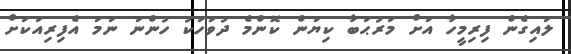
ލައިގެން ފިރިމީހާ އަށް މަރުޙަބާ ކިޔަން ކޮންމެ ދުވަހަކު ހުންނަ ނަމަ އެފިރިއަކަށް